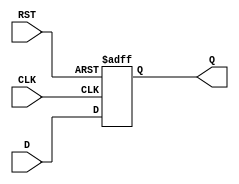
module synchronous_register (
    input wire [N-1:0] D,    // Data input
    input wire CLK,           // Clock input
    input wire RST,           // Reset input (active high)
    output reg [N-1:0] Q      // Data output
);
    parameter N = 8;          // Width of the register, can be adjusted as needed

    // Always block triggered on the rising edge of CLK or when RST is asserted
    always @(posedge CLK or posedge RST) begin
        if (RST) begin
            Q <= {N{1'b0}};    // Reset the register to 0
        end else begin
            Q <= D;            // Capture the data input on the clock edge
        end
    end
endmodule